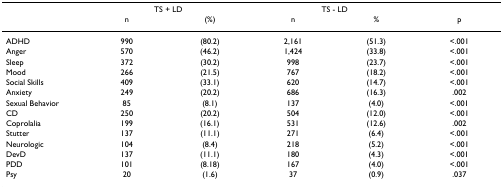
<table><thead><tr><td></td><td colspan="2"><b>TS + LD</b></td><td colspan="2"><b>TS - LD</b></td><td></td></tr><tr><td></td><td><b>n</b></td><td><b>(%)</b></td><td><b>n</b></td><td><b>%</b></td><td><b>p</b></td></tr></thead><tbody><tr><td>ADHD</td><td>990</td><td>(80.2)</td><td>2,161</td><td>(51.3)</td><td>&lt;.001</td></tr><tr><td>Anger</td><td>570</td><td>(46.2)</td><td>1,424</td><td>(33.8)</td><td>&lt;.001</td></tr><tr><td>Sleep</td><td>372</td><td>(30.2)</td><td>998</td><td>(23.7)</td><td>&lt;.001</td></tr><tr><td>Mood</td><td>266</td><td>(21.5)</td><td>767</td><td>(18.2)</td><td>&lt;.001</td></tr><tr><td>Social Skills</td><td>409</td><td>(33.1)</td><td>620</td><td>(14.7)</td><td>&lt;.001</td></tr><tr><td>Anxiety</td><td>249</td><td>(20.2)</td><td>686</td><td>(16.3)</td><td>.002</td></tr><tr><td>Sexual Behavior</td><td>85</td><td>(8.1)</td><td>137</td><td>(4.0)</td><td>&lt;.001</td></tr><tr><td>CD</td><td>250</td><td>(20.2)</td><td>504</td><td>(12.0)</td><td>&lt;.001</td></tr><tr><td>Coprolalia</td><td>199</td><td>(16.1)</td><td>531</td><td>(12.6)</td><td>.002</td></tr><tr><td>Stutter</td><td>137</td><td>(11.1)</td><td>271</td><td>(6.4)</td><td>&lt;.001</td></tr><tr><td>Neurologic</td><td>104</td><td>(8.4)</td><td>218</td><td>(5.2)</td><td>&lt;.001</td></tr><tr><td>DevD</td><td>137</td><td>(11.1)</td><td>180</td><td>(4.3)</td><td>&lt;.001</td></tr><tr><td>PDD</td><td>101</td><td>(8.18)</td><td>167</td><td>(4.0)</td><td>&lt;.001</td></tr><tr><td>Psy</td><td>20</td><td>(1.6)</td><td>37</td><td>(0.9)</td><td>.037</td></tr></tbody></table>